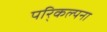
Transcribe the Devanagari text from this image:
परि्कल्पना